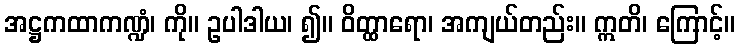
အဋ္ဌကထာကဏ္ဍံ၊ ကို။ ဥပါဒါယ၊ ၍။ ဝိတ္ထာရော၊ အကျယ်တည်း။ ဣတိ၊ ကြောင့်။